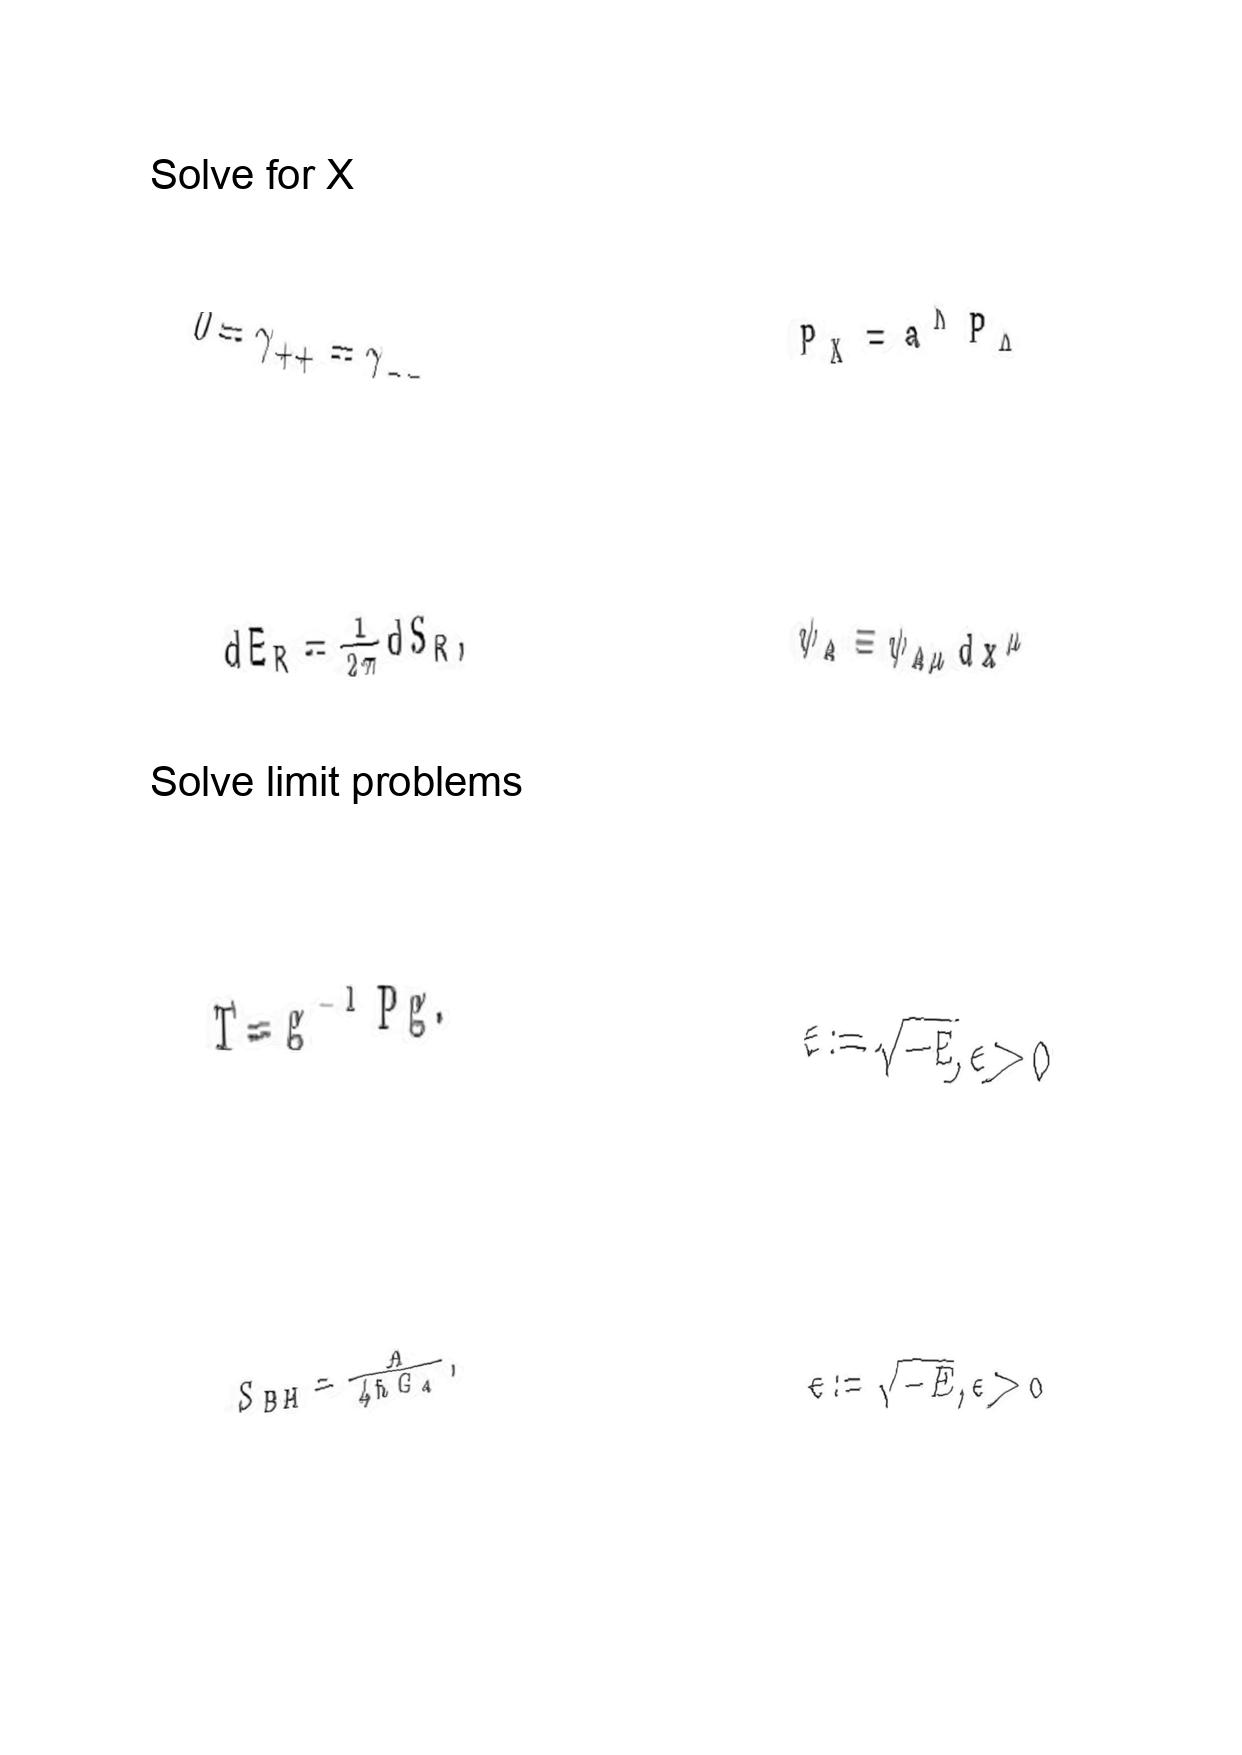
LaTeX transcription:
0 = \gamma _ { + + } = \gamma _ { - - }
d E _ { R } = \frac { 1 } { 2 \pi } d S _ { R } ,
T = g ^ { - 1 } P g .
S _ { B H } = \frac { A } { 4 \hbar G _ { d } } ,
P _ { X } = a ^ { \Lambda } P _ { \Lambda }
\psi _ { A } \equiv \psi _ { A \mu } d x ^ { \mu }
\epsilon : = \sqrt { - E } , \epsilon \gt 0
\epsilon : = \sqrt { - E } , \epsilon \gt 0